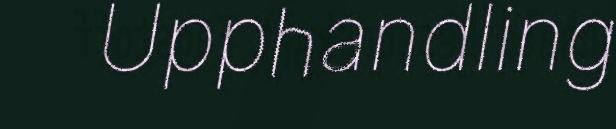
Upphandling